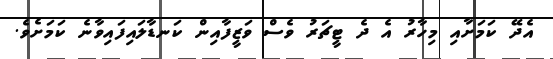
އެދޭ ކަމަށާއި މިހާރު އެ ދެ ޓީޗަރު ވެސް ވަޒީފާއިން ކަނޑާލައިފައިވާނެ ކަމަށެވެ.